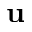
\mathbf { u }